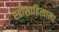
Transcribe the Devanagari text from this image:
स्त्रीसाहित्याला